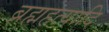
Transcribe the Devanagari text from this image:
ब्रह्महत्यादि